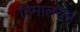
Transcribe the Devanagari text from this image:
हिमालयम